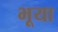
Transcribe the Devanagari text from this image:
भूया